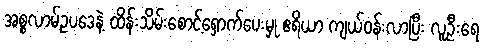
အစ္စလာမ့်ဥပဒေနဲ့ ထိန်းသိမ်းစောင့်ရှောက်ပေးမှု ဧရိယာ ကျယ်ဝန်းလာပြီး လူဦးရေ